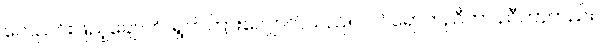
လေညင်းဖြည့်ချောက်၊ ရွက်ကြားလျှောက်သည်။ ။ ဝင်ရောက်ညီကာ ညီကာတည်း။